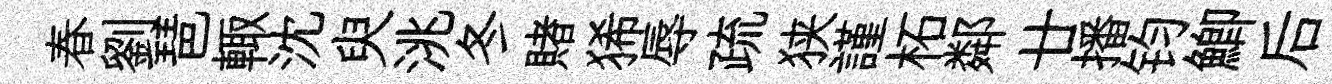
春劉琶輙沈臾洮冬賭狶辱疏狭謹柘鄰廿播钧鯽后